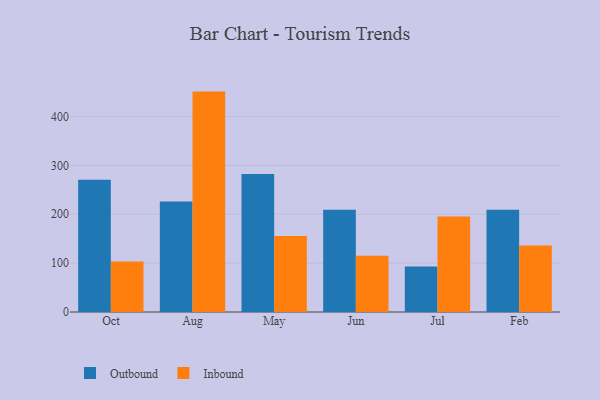
{"axis": {"x": "Month", "y": "Operating Costs (USD K)"}, "legend": ["Inbound", "Outbound"], "data": [{"x": "Oct", "y": 270.9, "type": "Outbound"}, {"x": "Oct", "y": 103.5, "type": "Inbound"}, {"x": "Aug", "y": 226.0, "type": "Outbound"}, {"x": "Aug", "y": 451.1, "type": "Inbound"}, {"x": "May", "y": 282.6, "type": "Outbound"}, {"x": "May", "y": 155.3, "type": "Inbound"}, {"x": "Jun", "y": 209.2, "type": "Outbound"}, {"x": "Jun", "y": 114.9, "type": "Inbound"}, {"x": "Jul", "y": 92.9, "type": "Outbound"}, {"x": "Jul", "y": 195.3, "type": "Inbound"}, {"x": "Feb", "y": 209.1, "type": "Outbound"}, {"x": "Feb", "y": 136.2, "type": "Inbound"}]}